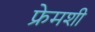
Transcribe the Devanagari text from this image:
फ्रेमशी